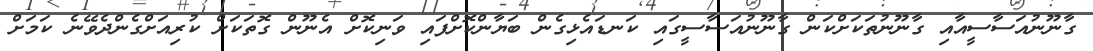
ގާނޫނުއަސާސީއާއި ގާނޫނުތަކަށްކަން ގާނޫނުއަސާސީގައި ކަނޑައެޅިގެން ބަޔާންކޮށްފައި ވަނިކޮށް އެނޫން ގޮތަކަށް ކުރިއަށްގެންދެވޭނެ ކަމަށް